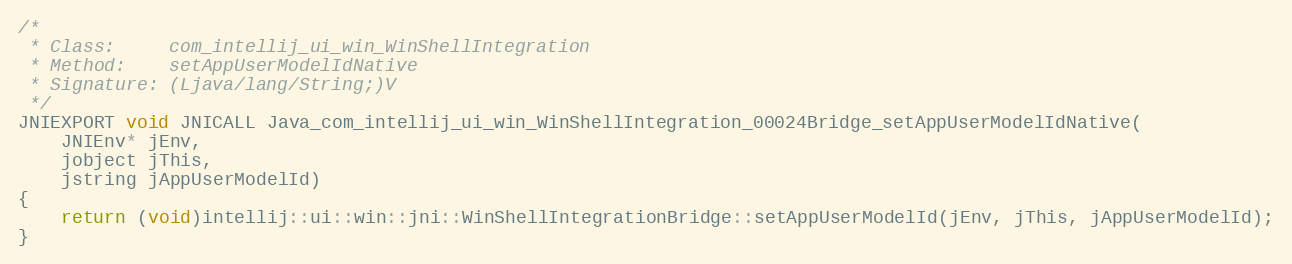
Language: C++
/*
 * Class:     com_intellij_ui_win_WinShellIntegration
 * Method:    setAppUserModelIdNative
 * Signature: (Ljava/lang/String;)V
 */
JNIEXPORT void JNICALL Java_com_intellij_ui_win_WinShellIntegration_00024Bridge_setAppUserModelIdNative(
    JNIEnv* jEnv,
    jobject jThis,
    jstring jAppUserModelId)
{
    return (void)intellij::ui::win::jni::WinShellIntegrationBridge::setAppUserModelId(jEnv, jThis, jAppUserModelId);
}